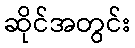
ဆိုင်အတွင်း